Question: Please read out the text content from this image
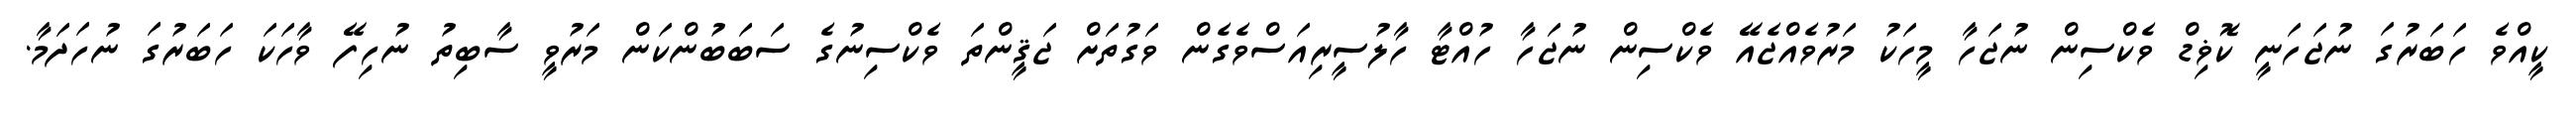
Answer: ކީއްވެ ހަބަރުގަ ނުޖަހަނީ ކޮޥިޑް ވެކްސިން ނުޖަހާ މީހަކު މަރުވެއްޖެއޭ ވެކްސިން ނުޖަހާ ހުއްޓާ ހާލުސީރިއަސްވެގެން ވަގުތަށް ޖަޤީންތަ ވެކްސިނުގެ ސަބަބުންކަން މަރުވީ ސާބިތު ނުހިފޭ ވާހަކަ ހަބަރުގަ ނުހަދަމާ.